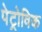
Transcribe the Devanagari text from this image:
पेट्रोविक